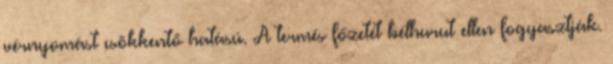
vérnyomást csökkentő hatású. A termés főzetét bélhurut ellen fogyasztják.